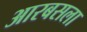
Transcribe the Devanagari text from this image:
आरबसला